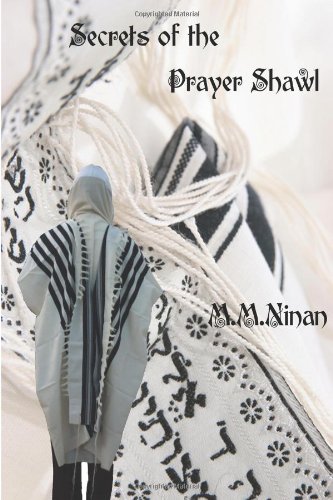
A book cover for Secrets Of The Prayer Shawl; Prof.M.M. Ninan; Religion & Spirituality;